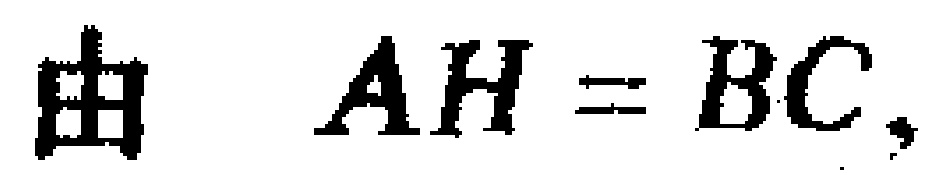
由 \(AH = BC\)，